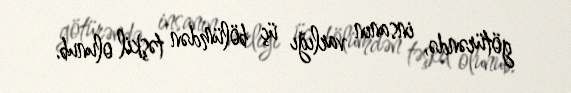
götürəndə, insanın varlığı üç bölümdən təşkil olunub.